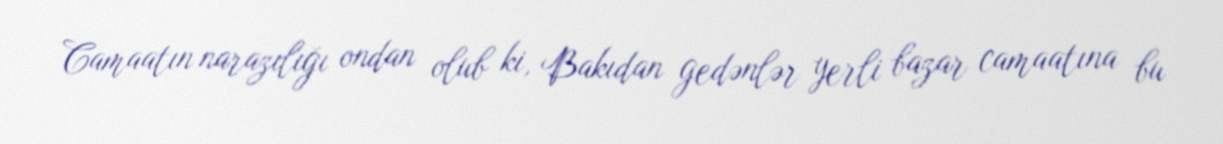
Camaatın narazılığı ondan olub ki, Bakıdan gedənlər yerli bazar camaatına bu